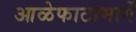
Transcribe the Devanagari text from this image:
आळेफाटामार्गे